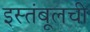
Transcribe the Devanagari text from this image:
इस्तंबूलची